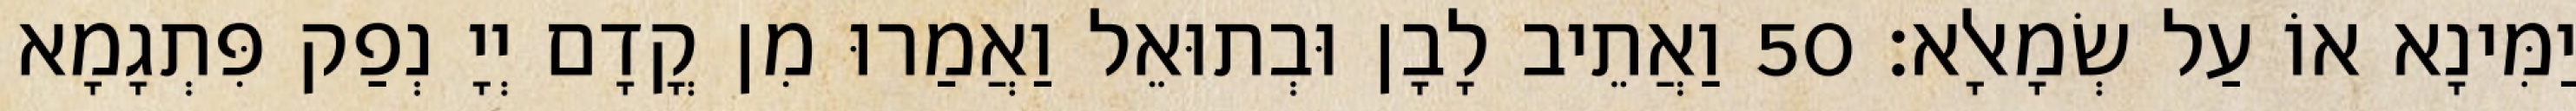
יַמִּינָא אוֹ עַל שְׂמָאלָא׃ 50 וַאֲתֵיב לָבָן וּבְתוּאֵל וַאֲמַרוּ מִן קֳדָם יְיָ נְפַק פִּתְגָמָא